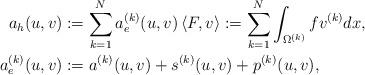
LaTeX: \begin{align*} a_h(u,v) &:= \sum_{k=1}^N a_e^{(k)}(u,v) \left\langle F, v \right\rangle:=\sum_{k=1}^N \int_{\Omega^{(k)}}f v^{(k)} dx,\\ a^{(k)}_e(u,v) &:= a^{(k)}(u,v) + s^{(k)}(u,v) + p^{(k)}(u,v),\end{align*}